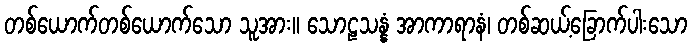
တစ်ယောက်တစ်ယောက်သော သူအား။ သောဠသန္နံ အာကာရာနံ၊ တစ်ဆယ့်ခြောက်ပါးသော